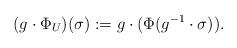
LaTeX: \begin{align*} (g\cdot\Phi_U)(\sigma):=g\cdot(\Phi(g^{-1}\cdot\sigma)). \end{align*}